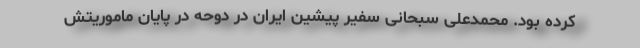
کرده بود. محمدعلی سبحانی سفیر پیشین ایران در دوحه در پایان ماموریتش